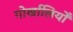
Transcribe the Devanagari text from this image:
गोर्खालियोँ